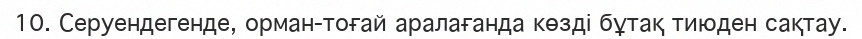
10.	Серуендегенде, орман-тоғай аралағанда көзді бұтақ тиюден сақтау.